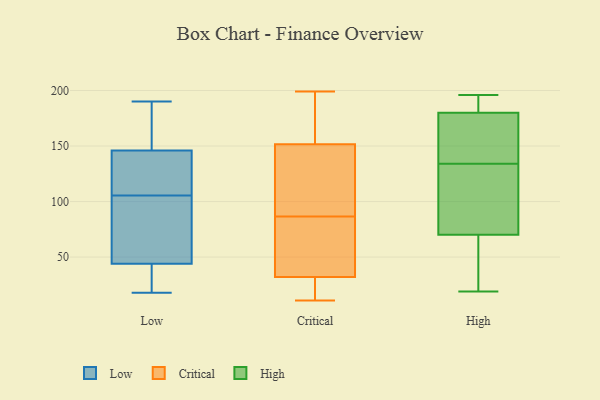
{"axis": {"x": "Operating Costs (USD K)", "y": "Value"}, "legend": ["Critical", "High", "Low"], "data": [{"x": "", "y": 31, "type": "Low"}, {"x": "", "y": 50, "type": "Low"}, {"x": "", "y": 186, "type": "Low"}, {"x": "", "y": 163, "type": "Low"}, {"x": "", "y": 147, "type": "Low"}, {"x": "", "y": 143, "type": "Low"}, {"x": "", "y": 137, "type": "Low"}, {"x": "", "y": 23, "type": "Low"}, {"x": "", "y": 107, "type": "Low"}, {"x": "", "y": 72, "type": "Low"}, {"x": "", "y": 104, "type": "Low"}, {"x": "", "y": 82, "type": "Low"}, {"x": "", "y": 190, "type": "Low"}, {"x": "", "y": 29, "type": "Low"}, {"x": "", "y": 44, "type": "Low"}, {"x": "", "y": 146, "type": "Low"}, {"x": "", "y": 18, "type": "Low"}, {"x": "", "y": 114, "type": "Low"}, {"x": "", "y": 33, "type": "Critical"}, {"x": "", "y": 54, "type": "Critical"}, {"x": "", "y": 192, "type": "Critical"}, {"x": "", "y": 162, "type": "Critical"}, {"x": "", "y": 65, "type": "Critical"}, {"x": "", "y": 127, "type": "Critical"}, {"x": "", "y": 69, "type": "Critical"}, {"x": "", "y": 17, "type": "Critical"}, {"x": "", "y": 163, "type": "Critical"}, {"x": "", "y": 141, "type": "Critical"}, {"x": "", "y": 11, "type": "Critical"}, {"x": "", "y": 31, "type": "Critical"}, {"x": "", "y": 95, "type": "Critical"}, {"x": "", "y": 117, "type": "Critical"}, {"x": "", "y": 28, "type": "Critical"}, {"x": "", "y": 199, "type": "Critical"}, {"x": "", "y": 21, "type": "Critical"}, {"x": "", "y": 81, "type": "Critical"}, {"x": "", "y": 92, "type": "Critical"}, {"x": "", "y": 196, "type": "Critical"}, {"x": "", "y": 78, "type": "High"}, {"x": "", "y": 62, "type": "High"}, {"x": "", "y": 45, "type": "High"}, {"x": "", "y": 156, "type": "High"}, {"x": "", "y": 111, "type": "High"}, {"x": "", "y": 182, "type": "High"}, {"x": "", "y": 195, "type": "High"}, {"x": "", "y": 173, "type": "High"}, {"x": "", "y": 19, "type": "High"}, {"x": "", "y": 112, "type": "High"}, {"x": "", "y": 178, "type": "High"}, {"x": "", "y": 196, "type": "High"}]}